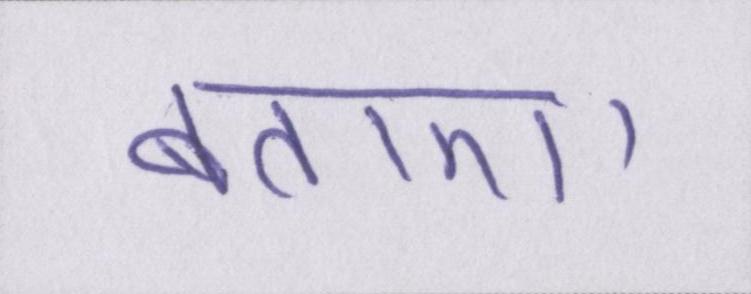
बताए।